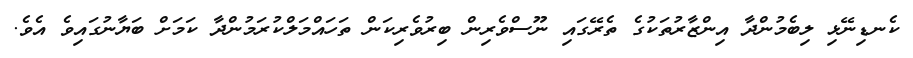
ކެނޑިނޭޅި ލިބެމުންދާ އިންޒާރުތަކުގެ ތެރޭގައި ނޫސްވެރިން ބިރުވެރިކަން ތަހައްމަލްކުރަމުންދާ ކަމަށް ބަޔާނުގައިވެ އެވެ.